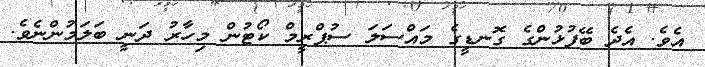
އެވެ. އެދެ ބޭފުޅުންގެ ގޮނޑީގެ މައްސަލަ ސުޕްރީމް ކޯޓުން މިހާރު ދަނީ ބަލަމުންނެވެ.